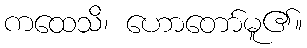
ကထေသိ၊ ဟောတော်မူ၏။